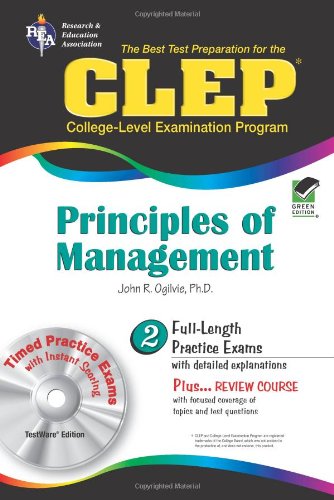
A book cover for CLEP Principles of Management w/ CD-ROM (CLEP Test Preparation); Dr. John R Ogilvie Ph.D.; Test Preparation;